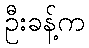
ဦးခန့်က